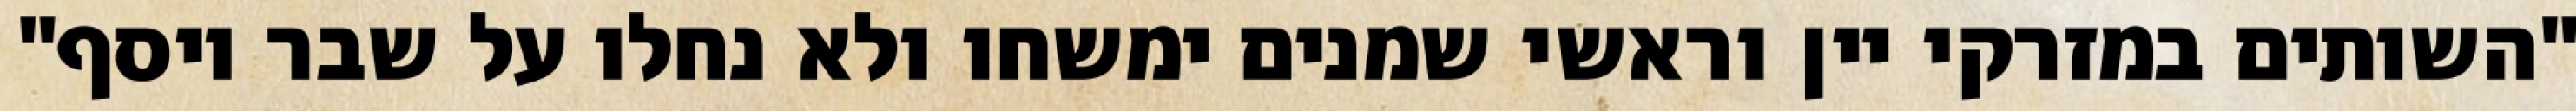
"השותים במזרקי יין וראשי‏ שמנים ימשחו ולא נחלו על שבר יוסף"